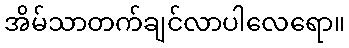
အိမ်သာတက်ချင်လာပါလေရော။